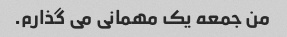
من جمعه یک مهمانی می گذارم.